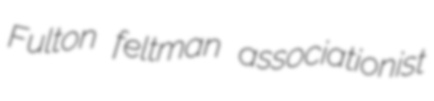
Fulton feltman associationist